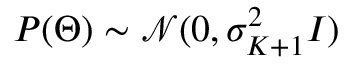
P ( \Theta ) \sim \mathcal { N } ( 0 , \sigma _ { K + 1 } ^ { 2 } I )